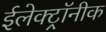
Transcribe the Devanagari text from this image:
ईलेक्ट्रॉनीक